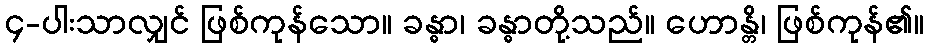
၄-ပါးသာလျှင် ဖြစ်ကုန်သော။ ခန္ဓာ၊ ခန္ဓာတို့သည်။ ဟောန္တိ၊ ဖြစ်ကုန်၏။